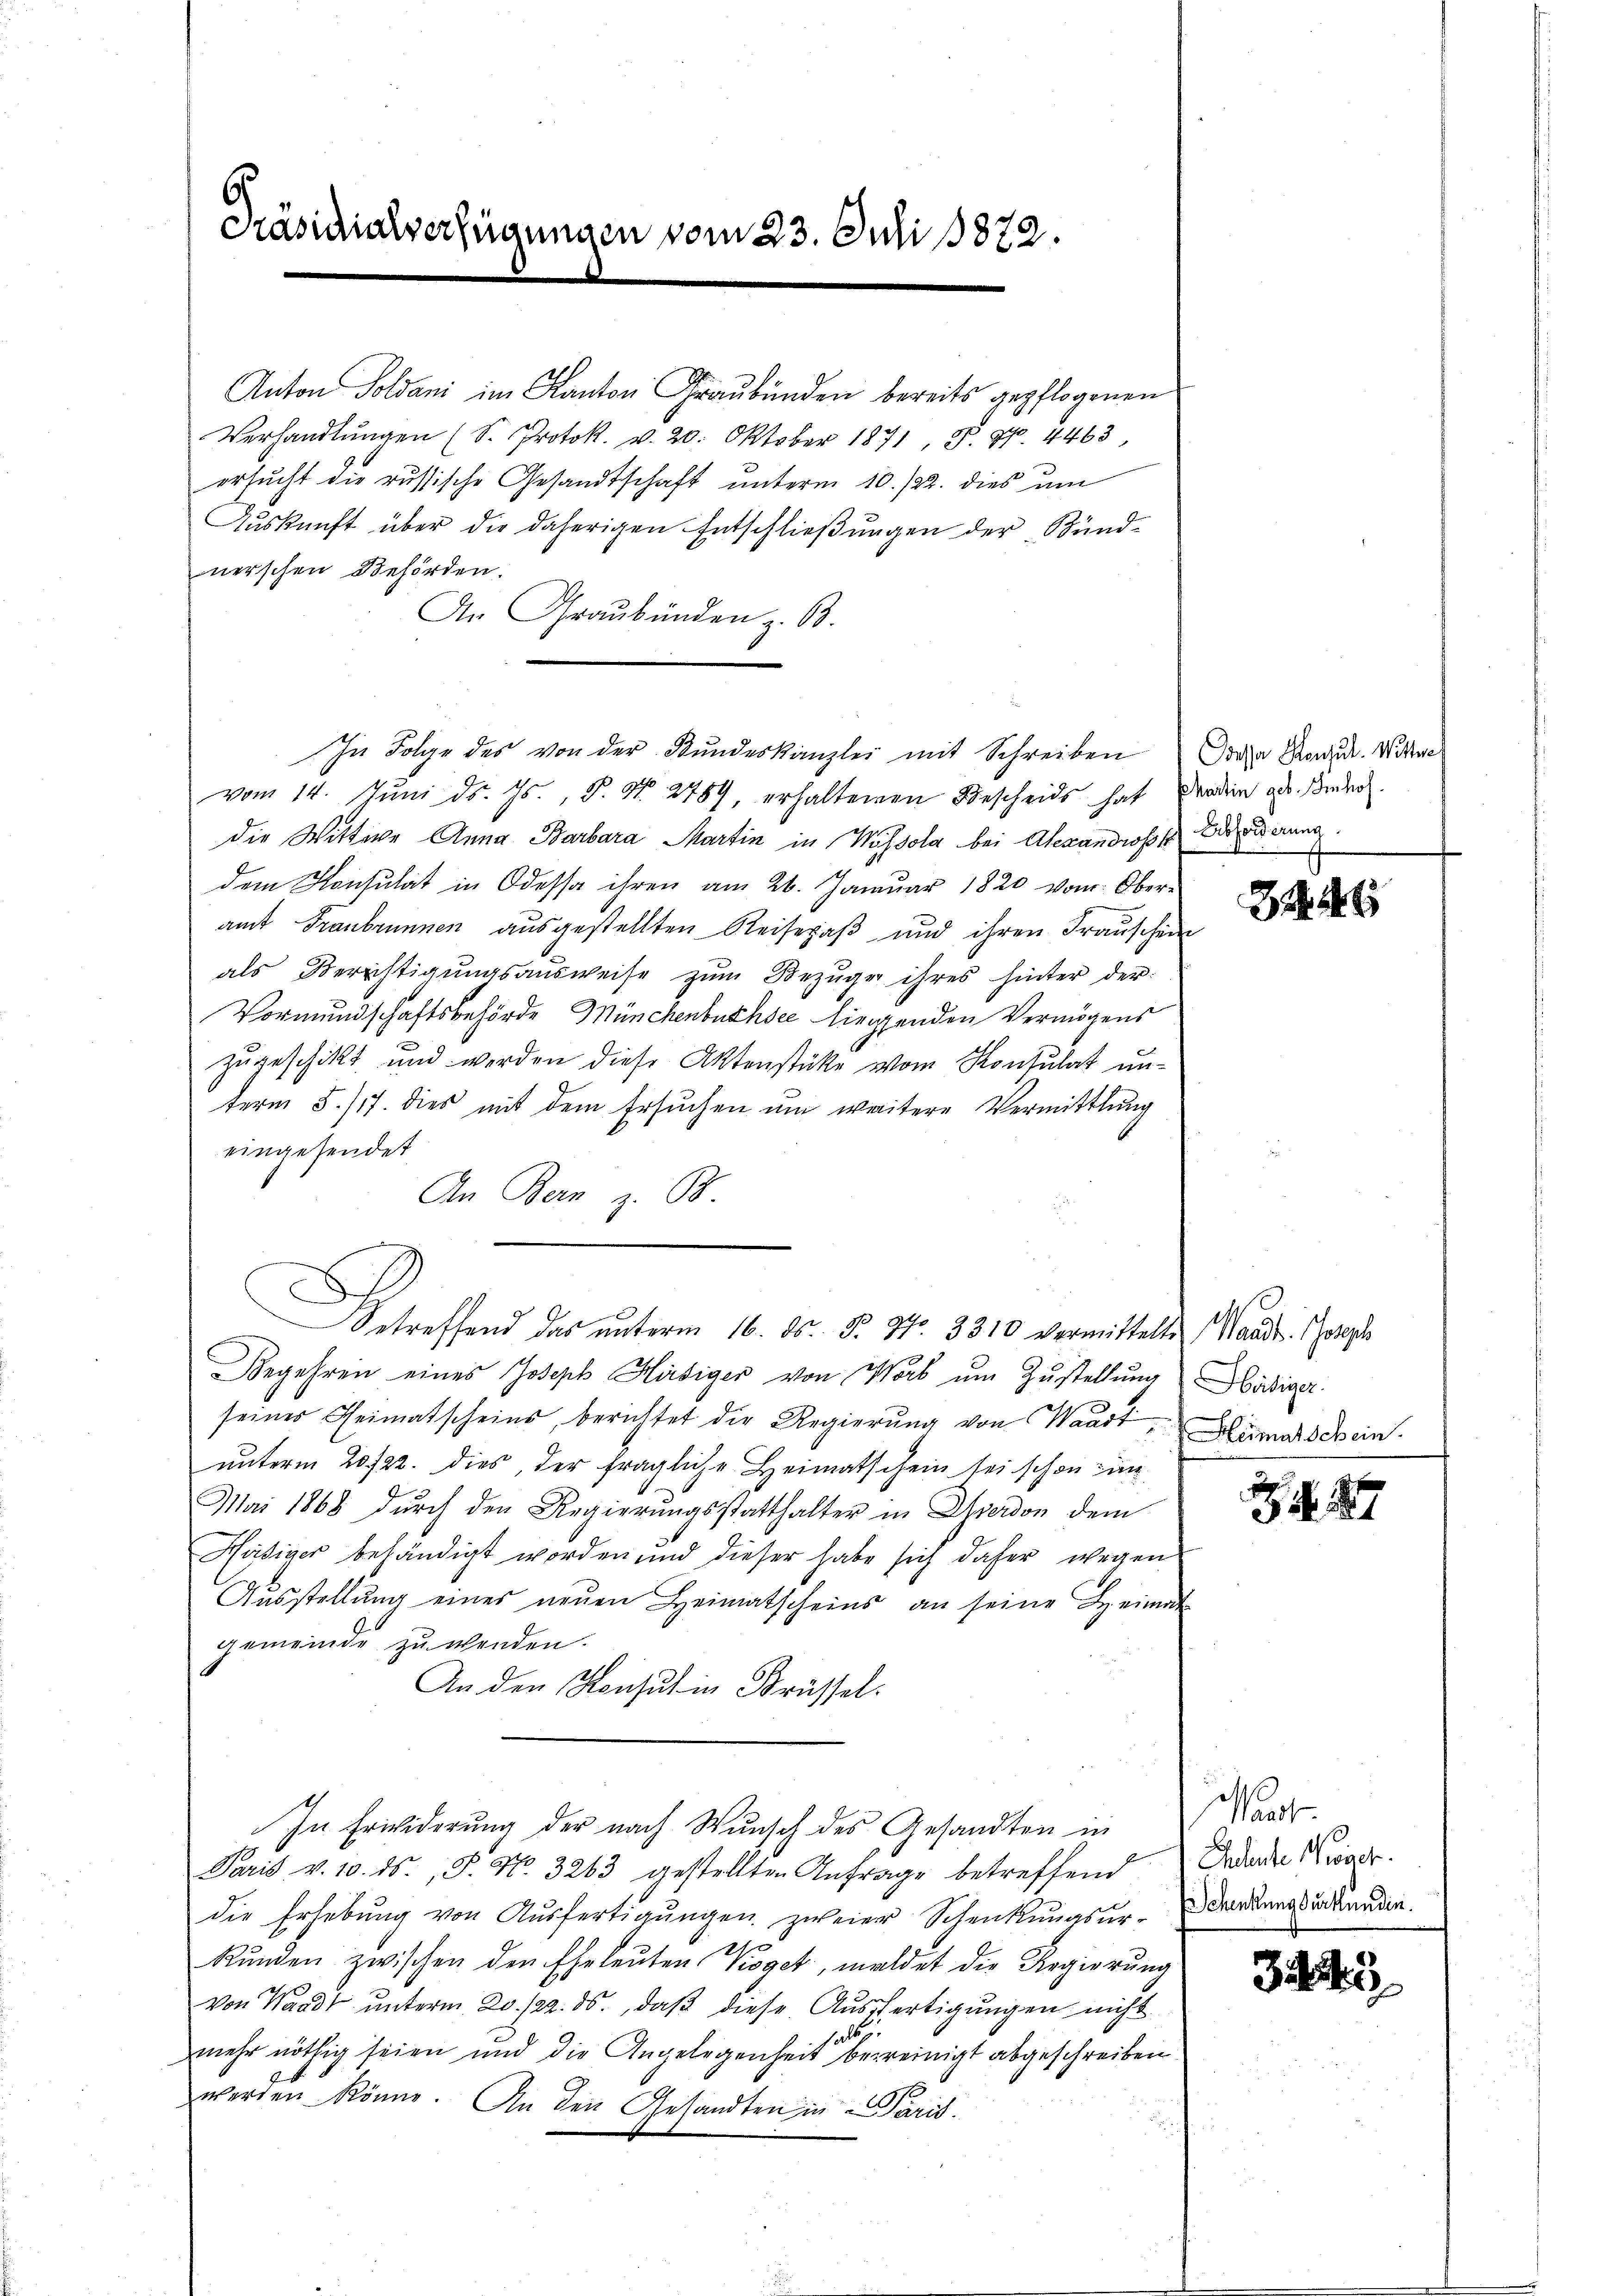
Präsidialverfügungen vom 23. Juli 18872.

Anton Soldani im Kanton Graubünden bereits gepflogenen
Verhandlŭngen (S. Protok. v. 20. Oktober 1871, S. 870. 4463
ersucht die russische Gesandtschaft unterm 10. /22. dies um
Auskunft über die daherigen Entschließungen der Bünd-
nerschen Behörden.
An Graubünden z. B.
In Folge des von der Bŭndeskanzlei mit Schreiben
vom 14. Juni d. Js., S. Nr. 2789, erhaltenen Bescheids hat
die Wittwe Anna Barbara Martin in Wassola bei Alexandrosskinderung
dem Konsulat in Odessa ihren am 26. Januar 1820 vom Ober
amt Franbrunnen ausgestellten Reisepaß und ihren Frauschei
als Berichtigŭngsausweise zŭm Bezŭge ihres hinter der
Vormundschaftsbehörde Münchenbuchsee liegenden Vermögens
zugeschikt und werden diese Aktenstüke vom Konsulat unterm 5./17. dies mit dem Ersuchen um weitere Vermittlung
eingesendet
An Bern z. B
treffend das unterm 16. ds. S. Nr. 3310 vermittelten (Waadt. Sorgel
Begehren eines Joseph Hiesiger von Worb ŭm Zŭstellŭng Hediger.
seiner Heimatscheins, berichtet die Regierŭng von Waust
unterm 20./22. dies, der fragliche Heimatschein sei schon in
Mai 1868 durch den Regierungsstatthalter in Averdon dem
Häsiger behändigt worden und dieser habe sich daher wegen
Aŭsstellŭng eines neŭen Heimatscheins an seine Leine
gemeinde zu wenden.
An den Konsul in Brüssel.
In Erwiderung der nach Wunsch des Gesandten in
Paris v. 10. ds. S. N. 3263 gestellten Anfrage betreffend
die Erhebŭng von Aŭsfertigŭngen zweier Schenkungsur-
kŭnden zwischen den Eheleuten Koget, meldet die Regierung
von Waadt unterm 20. 122. ds., daß diese Ausfertigungen nicht
a
mehr nöthig seien und die Angelegenheit bereinigt abgeschreiben
werden könne. An den Gesandten in Paris.

Doassa Pontul. Wittwe
Martin geb. Einhoh

24

Heimatschein.

Pass
Gendante Wiener.
Schenkungsurkundin.

325